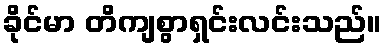
ခိုင်မာ တိကျစွာရှင်းလင်းသည်။